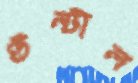
উল্টাল